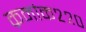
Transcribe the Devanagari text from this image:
क्रमांक२२०